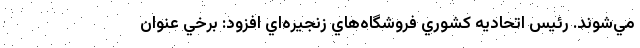
مي‌شوند. رئيس اتحاديه كشوري فروشگاه‌هاي زنجيره‌اي افزود: برخي عنوان